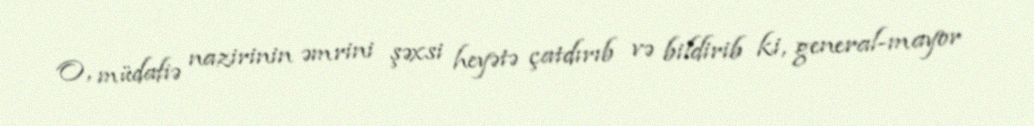
O, müdafiə nazirinin əmrini şəxsi heyətə çatdırıb və bildirib ki, general-mayor